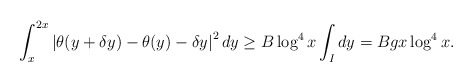
\begin{align*} \int_{x}^{2x} \left| \theta(y+\delta y)- \theta(y) - \delta y \right|^2 dy &\geq B \log^4x \int_I dy = Bg x \log^4x.\end{align*}